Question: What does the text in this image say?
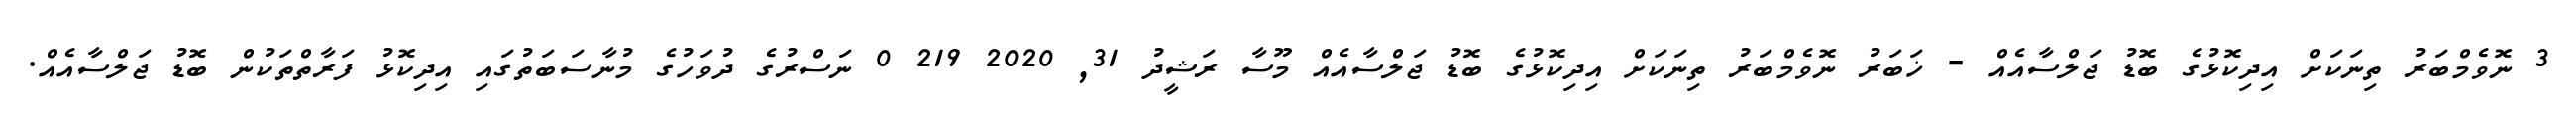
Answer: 3 ނޮވެމްބަރު ތިނަކަށް އިދިކޮޅުގެ ބޮޑު ޖަލްސާއެއް - ޚަބަރު ނޮވެމްބަރު ތިނަކަށް އިދިކޮޅުގެ ބޮޑު ޖަލްސާއެއް މޫސާ ރަޝީދު 31, 2020 219 0 ނަސްރުގެ ދުވަހުގެ މުނާސަބަތުގައި އިދިކޮޅު ފަރާތްތަކުން ބޮޑު ޖަލްސާއެއް.